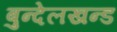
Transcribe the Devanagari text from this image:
बुन्देलखन्ड